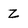
Character: z